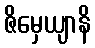
ဇိမှေယျာနိ